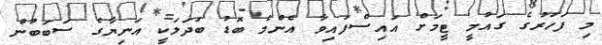
މި ފަހަރުގެ ގައުމީ ޓީމަށް އައިސްފައިވާ އެންމެ ބޮޑު ބަދަލަކީ އަނިޔާގެ ސަބަބުން